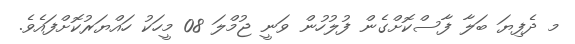
މ ދެފިޔަ ބަލާ ފާސްކޮށްގެން ފުލުހުން ވަނީ ޖުމްލަ 08 މީހަކު ހައްޔަރުކޮށްފައެވެ.